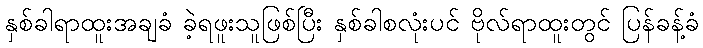
နှစ်ခါရာထူးအချခံ ခဲ့ရဖူးသူဖြစ်ပြီး နှစ်ခါစလုံးပင် ဗိုလ်ရာထူးတွင် ပြန်ခန့်ခံ